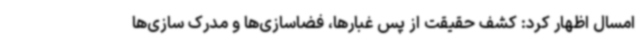
امسال اظهار کرد: کشف حقیقت از پس غبارها، فضاسازی‌ها و مدرک سازی‌ها